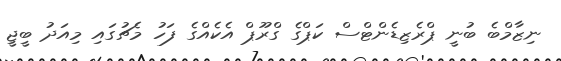
ނިޒާމްބެ ބުނީ ޕްރެޒިޑެންޓްސް ކަޕްގެ ގްރޫޕް އެކެއްގެ ފަހު މެޗުގައި މިއަދު ބީޖީ